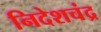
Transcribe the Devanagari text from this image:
निदेशचंद्र